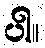
ပါ။